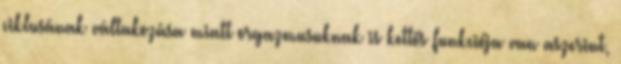
ciklusának váltakozása miatt orgazmusuknak is kettős funkciója van aszerint,